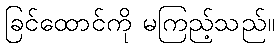
ခြင်ထောင်ကို မကြည့်သည်။